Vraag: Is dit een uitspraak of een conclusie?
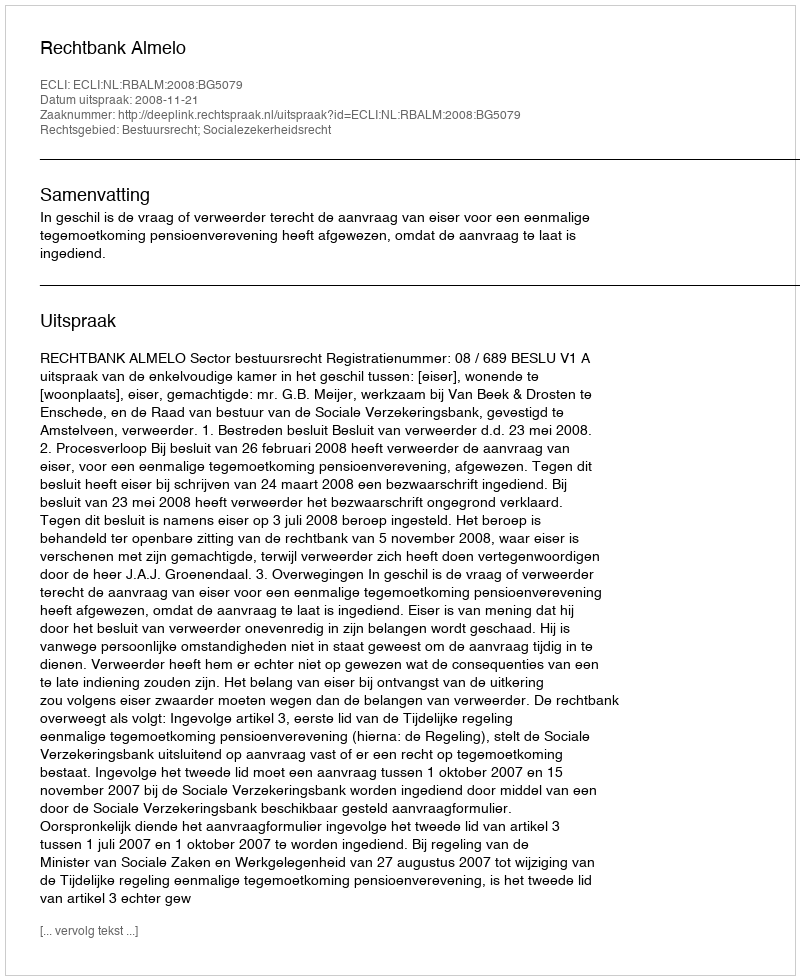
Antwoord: Uitspraak